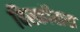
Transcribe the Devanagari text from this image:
विस्कॉसस